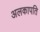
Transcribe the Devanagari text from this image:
अलकापति